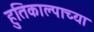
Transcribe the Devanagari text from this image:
हुतिकाल्पाच्या